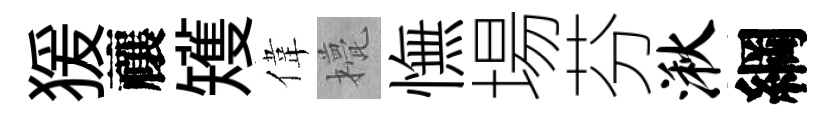
猨禳矱偉甍憮場芬湫綱